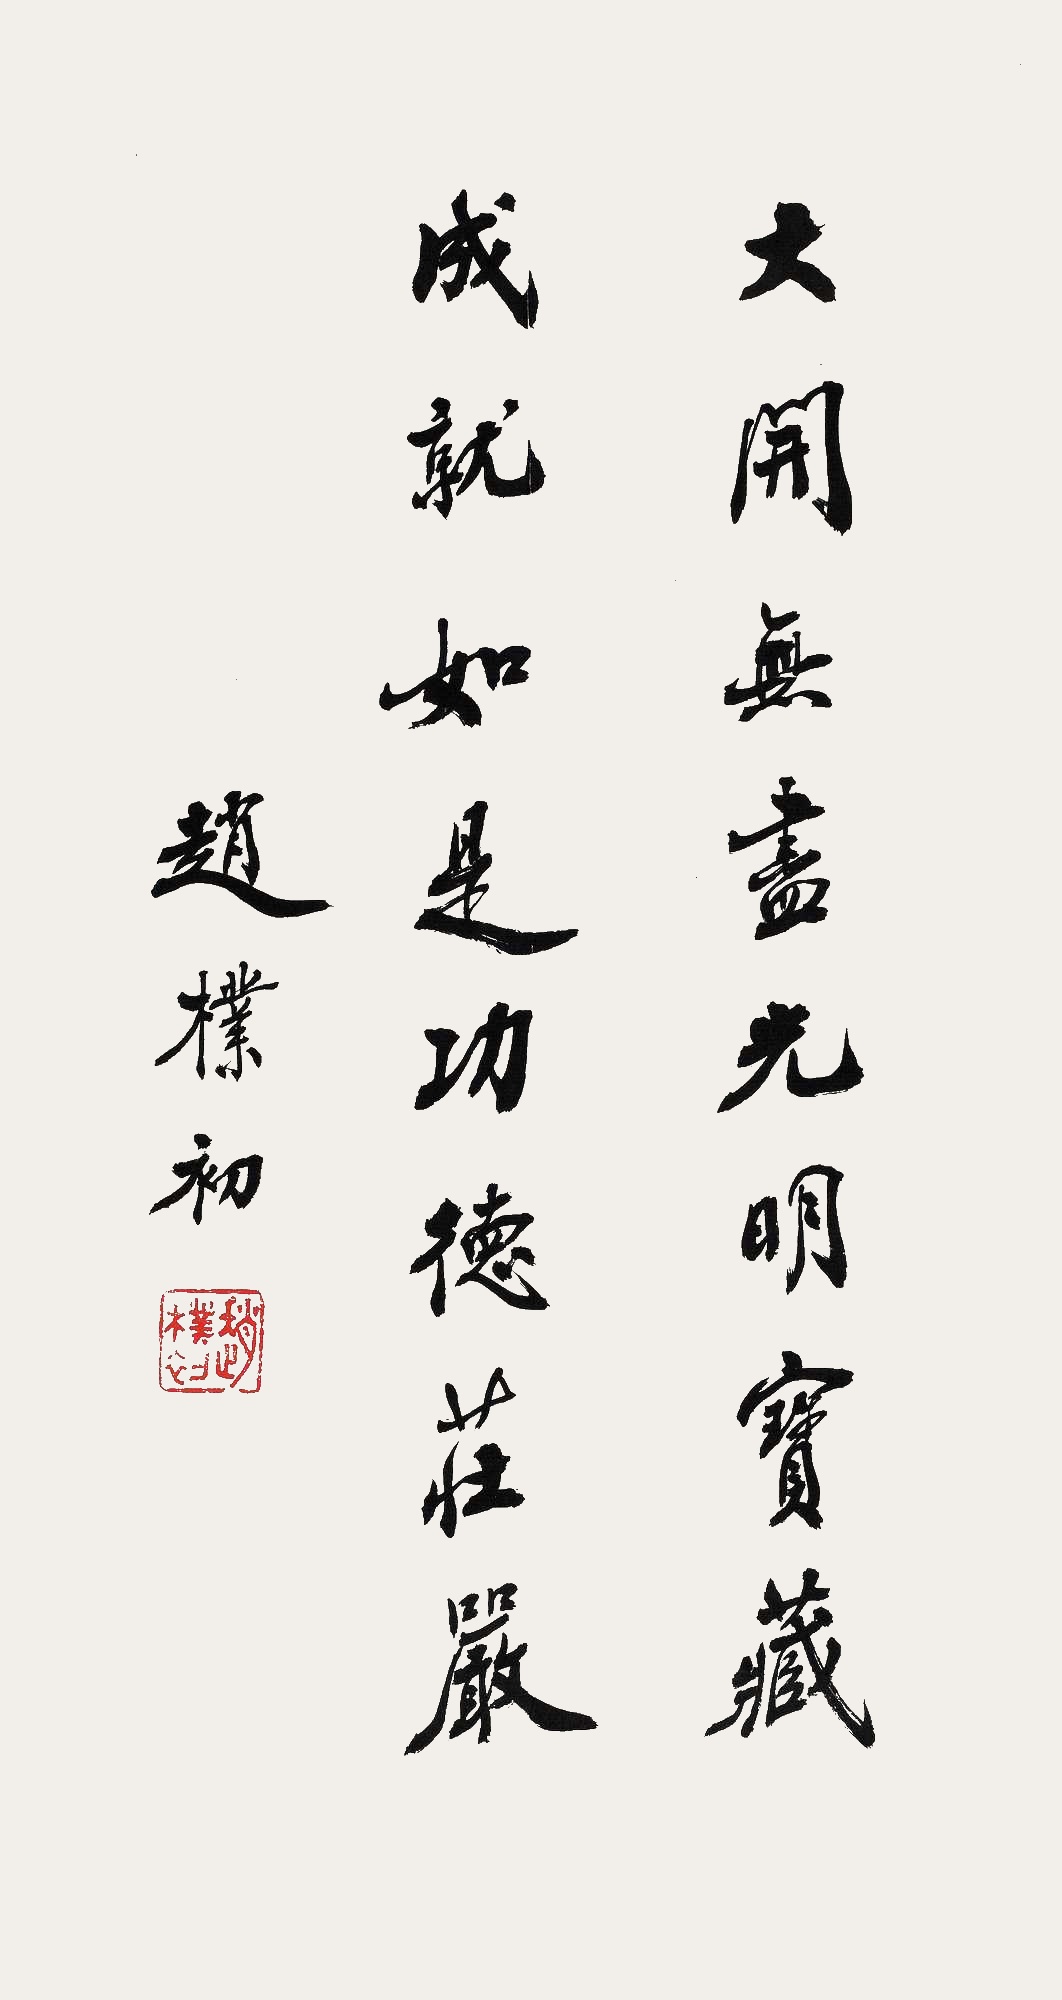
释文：大开无尽光明宝藏，成就如是功德庄严。赵朴初